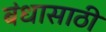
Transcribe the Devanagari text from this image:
बंधासाठी